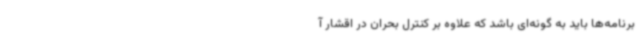
برنامه‌ها باید به گونه‌ای باشد که علاوه بر کنترل بحران در اقشار آ